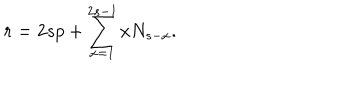
LaTeX: r = 2 s p + \sum _ { x = 1 } ^ { 2 s - 1 } x N _ { s - x } .